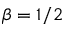
\beta = 1 / 2